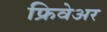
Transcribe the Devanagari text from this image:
फ्रिवेअर